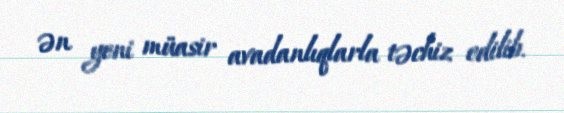
ən yeni müasir avadanlıqlarla təchiz edilib.